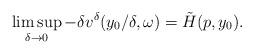
LaTeX: \begin{align*} \limsup_{\delta\rightarrow 0}-\delta v^\delta(y_0/\delta,\omega)=\tilde{H}(p,y_0).\end{align*}